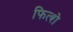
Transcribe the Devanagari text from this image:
फित्शे